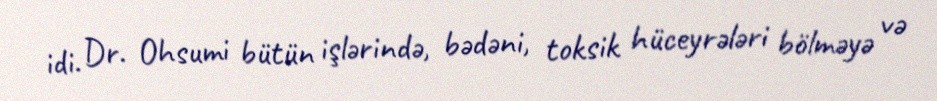
idi. Dr. Ohsumi bütün işlərində, bədəni, toksik hüceyrələri bölməyə və